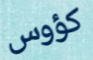
كؤوس